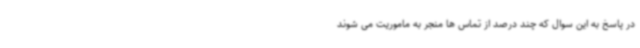
در پاسخ به این سوال که چند درصد از تماس ها منجر به ماموریت می شوند